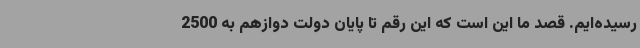
رسیده‌ایم. قصد ما این است که این رقم تا پایان دولت دوازهم به 2500